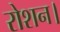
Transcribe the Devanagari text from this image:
रोशन।